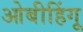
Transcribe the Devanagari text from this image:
ओबीहिंगू